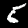
Label: 5